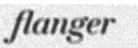
flanger